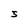
Character: 5